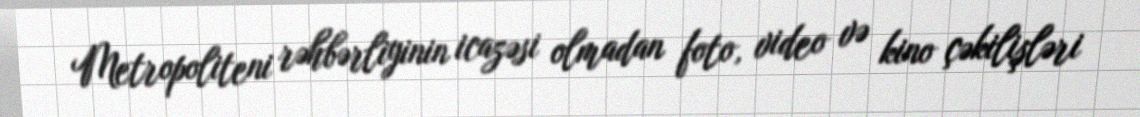
Metropoliteni rəhbərliyinin icazəsi olmadan foto, video və kino çəkilişləri